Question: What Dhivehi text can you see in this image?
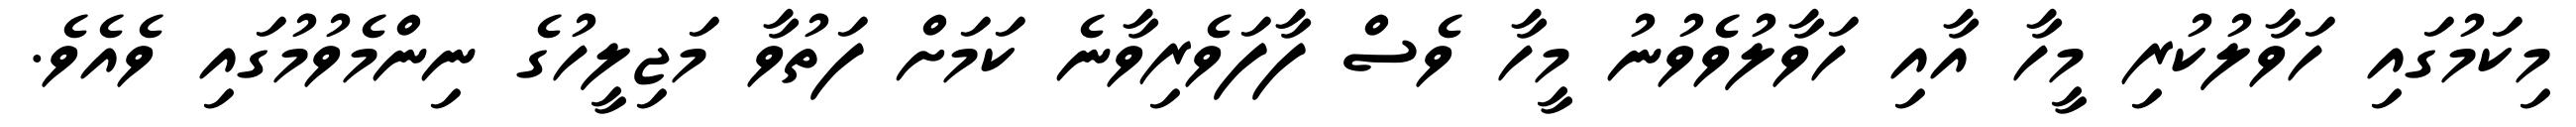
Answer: މިކަމުގައި ހަވާލުކުރި މީހާ އާއި ހަވާލުވެވުނު މީހާ ވެސް ފާފަވެރިވާނެ ކަމަށް ފަތުވާ މަޖިލީހުގެ ނިންމެވުމުގައި ވެއެވެ.